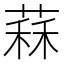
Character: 䔉